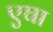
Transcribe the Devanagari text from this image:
एघा